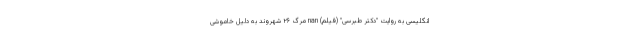
انگلیسی به روایت "دکتر طبرسی" (فیلم) nan مرگ ۲۶ شهروند به دلیل خاموشی